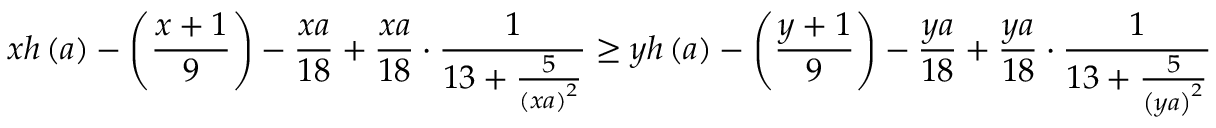
x h \left( a \right) - \left( \frac { x + 1 } { 9 } \right) - \frac { x a } { 1 8 } + \frac { x a } { 1 8 } \cdot \frac { 1 } { 1 3 + \frac { 5 } { \left( x a \right) ^ { 2 } } } \geq y h \left( a \right) - \left( \frac { y + 1 } { 9 } \right) - \frac { y a } { 1 8 } + \frac { y a } { 1 8 } \cdot \frac { 1 } { 1 3 + \frac { 5 } { \left( y a \right) ^ { 2 } } }